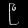
Digit: ၉